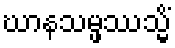
ဃာနသမ္ဖဿသ္မိံ